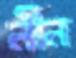
লীন